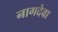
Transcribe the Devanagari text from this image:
नागदेवा